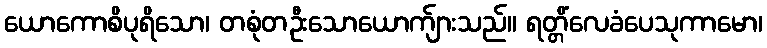
ယောကောစိပုရိသော၊ တစုံတဦးသောယောက်ျားသည်။ ရတ္တိံလေခံပေသုကာမော၊